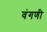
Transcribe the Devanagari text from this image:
वंगणी